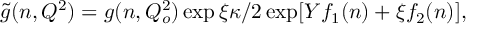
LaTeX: \widetilde { g } ( n , Q ^ { 2 } ) = g ( n , Q _ { o } ^ { 2 } ) \exp \xi \kappa / 2 \exp [ Y f _ { 1 } ( n ) + \xi f _ { 2 } ( n ) ] ,